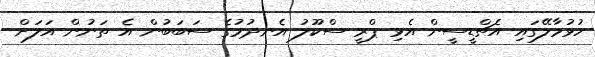
ހުޅުމާލޭގައި އެޗްޑީސީން އެޅި ޕްރީ ސްކޫލު އެނދުމުގެ ސަބަބުން އެ ތަނުން އަލަށް